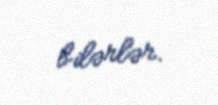
bilərlər.